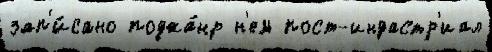
зап'и́сано поджа́нр н'ем пост-индастр'иал